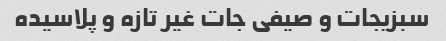
سبزیجات و صیفی جات غیر تازه و پلاسیده